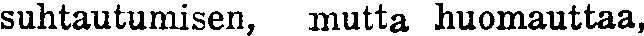
suhtautumisen, mutta huomauttaa,